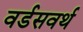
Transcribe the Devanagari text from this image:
वर्डसवर्थ